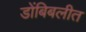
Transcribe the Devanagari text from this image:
डोंबिबलीत